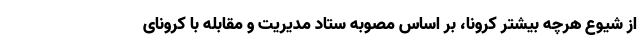
از شیوع هرچه بیشتر کرونا، بر اساس مصوبه ستاد مدیریت و مقابله با کرونای